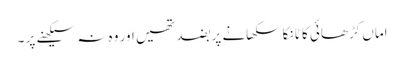
اماں کڑھائی کا ٹانکا سکھانے پر بضد تھیں اور وہ نہ سیکھنے پر ۔